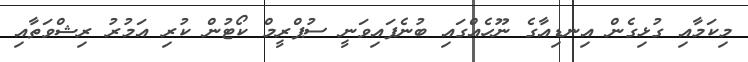
މިކަމާއި ގުޅިގެން އިނޑިއާގެ ނޫހެއްގައި ބުނެފައިވަނީ ސުޕްރީމް ކޯޓުން ކުރި އަމުރު ރިޝްވަތާއި